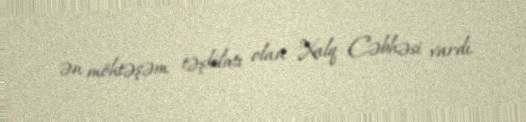
ən möhtəşəm təşkilatı olan Xalq Cəbhəsi vardı.